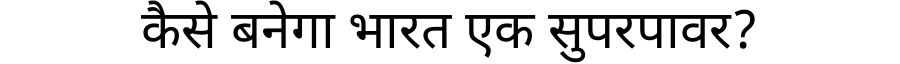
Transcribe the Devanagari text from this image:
कैसे बनेगा भारत एक सुपरपावर?